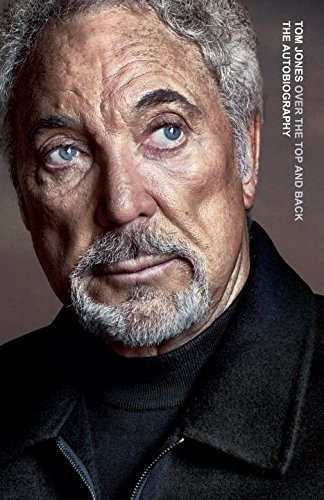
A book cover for Over the Top and Back: The Autobiography; Tom Jones; Humor & Entertainment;